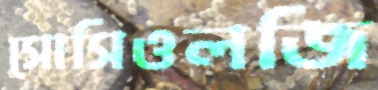
সোসিওলজি